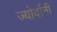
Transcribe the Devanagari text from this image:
ज्योर्दानी